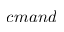
c m a n d